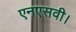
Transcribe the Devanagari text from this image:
एनएसवी।